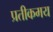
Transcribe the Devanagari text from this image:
प्रतीकमय